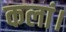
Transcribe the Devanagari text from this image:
कलां।